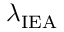
\lambda _ { \mathrm { I E A } }